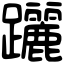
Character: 躧